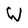
Character: W